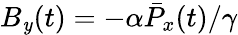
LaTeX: B_{\mathit{y}}(t)=-{\alpha}\bar{{P}}_{x}(t)/{\gamma}